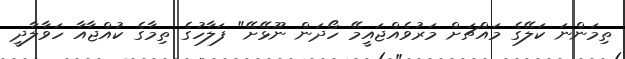
ތިމަންނަ ކަލޭގެ މައްޗަށް މަރުވެއްޖައީމޭ ހޯދަން ނޫޅޭށޭ" ފަލާހުގެ ތިމާގެ ކުއްޖާއާ ހަވާލާދީ